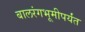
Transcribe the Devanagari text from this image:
बालरंगभूमीपर्यंत